Civil Veterinary Dept. Assam report 1911-1927 - 1911-1927
Year: 1911
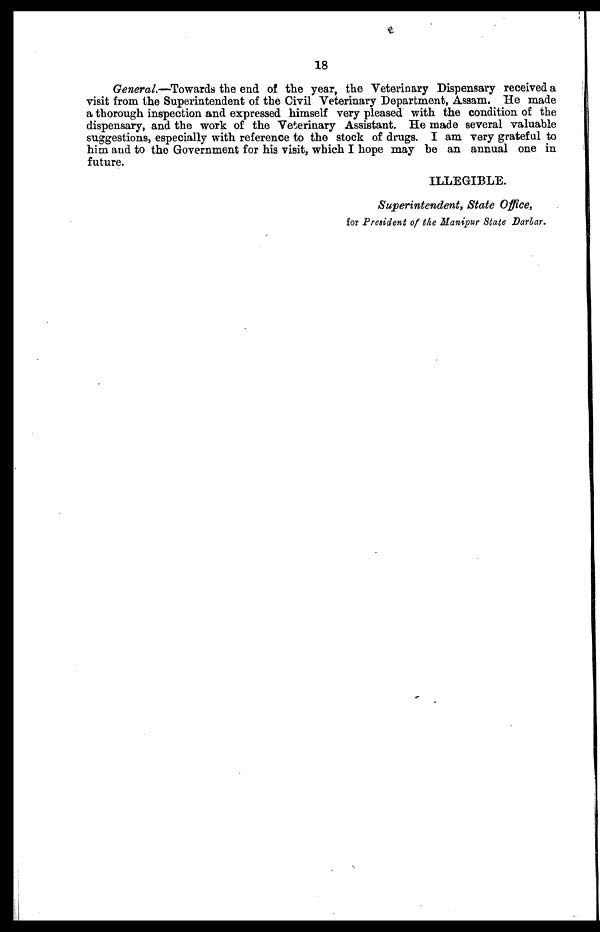
18
General.—Towards the end of the year, the Veterinary Dispensary received a
visit from the Superintendent of the Civil Veterinary Department, Assam. He made
a thorough inspection and expressed himself very pleased "with the condition of the
dispensary, and the work of the Veterinary Assistant. He made several valuable
suggestions, especially with reference to the stock of drugs. I am very grateful to
him and to the Government for his visit, which I hope may be an annual one in
future.
ILLEGIBLE.
Superintendent, State Office,
for President of the Manipur State Darbar.